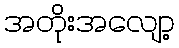
အတိုးအလျော့